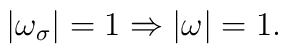
|\omega_{\sigma}|=1 \Rightarrow |\omega| = 1.